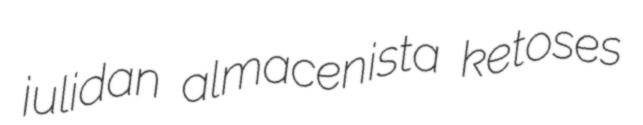
julidan almacenista ketoses